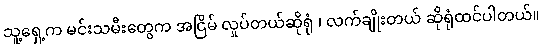
သူ့ရှေ့က မင်းသမီးတွေက အငြိမ် လှုပ်တယ်ဆိုရုံ ၊ လက်ချိုးတယ် ဆိုရုံထင်ပါတယ်။